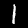
Label: 1